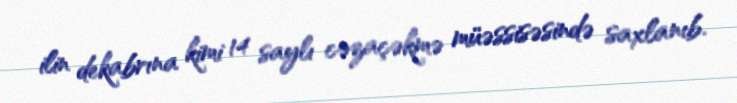
ilin dekabrına kimi 14 saylı cəzaçəkmə müəssisəsində saxlanıb.